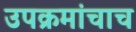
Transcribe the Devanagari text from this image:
उपक्रमांचाच